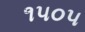
૧૫૦૫